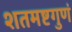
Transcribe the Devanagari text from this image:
शतमष्टगुणं